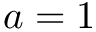
a = 1